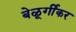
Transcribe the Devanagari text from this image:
बेळूर्गीकर